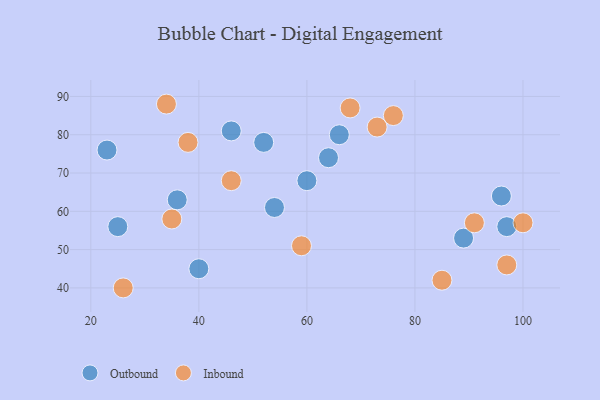
{"axis": {"x": "GDP", "y": "Life Expectancy"}, "legend": ["Inbound", "Outbound"], "data": [{"x": "89", "y": 53, "type": "Outbound"}, {"x": "64", "y": 74, "type": "Outbound"}, {"x": "36", "y": 63, "type": "Outbound"}, {"x": "40", "y": 45, "type": "Outbound"}, {"x": "96", "y": 64, "type": "Outbound"}, {"x": "46", "y": 81, "type": "Outbound"}, {"x": "25", "y": 56, "type": "Outbound"}, {"x": "52", "y": 78, "type": "Outbound"}, {"x": "60", "y": 68, "type": "Outbound"}, {"x": "54", "y": 61, "type": "Outbound"}, {"x": "23", "y": 76, "type": "Outbound"}, {"x": "66", "y": 80, "type": "Outbound"}, {"x": "97", "y": 56, "type": "Outbound"}, {"x": "68", "y": 87, "type": "Inbound"}, {"x": "97", "y": 46, "type": "Inbound"}, {"x": "46", "y": 68, "type": "Inbound"}, {"x": "26", "y": 40, "type": "Inbound"}, {"x": "38", "y": 78, "type": "Inbound"}, {"x": "59", "y": 51, "type": "Inbound"}, {"x": "76", "y": 85, "type": "Inbound"}, {"x": "35", "y": 58, "type": "Inbound"}, {"x": "100", "y": 57, "type": "Inbound"}, {"x": "34", "y": 88, "type": "Inbound"}, {"x": "85", "y": 42, "type": "Inbound"}, {"x": "91", "y": 57, "type": "Inbound"}, {"x": "73", "y": 82, "type": "Inbound"}]}